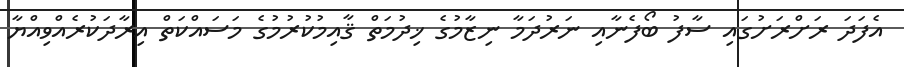
އެފަދަ ރަށްރަށުގައި ސާފު ބޯފެނާއި ނަރުދަމާ ނިޒާމުގެ ޚިދުމަތް ޤާއިމުކުރުމުގެ މަސައްކަތް އިރާދަކުރެއްވިއްޔާ